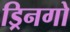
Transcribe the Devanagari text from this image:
ड्रिनगो